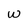
Character: w